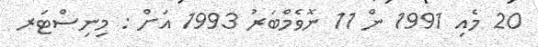
20 މެއި 1991 ން 11 ނޮވެމްބަރު 1993 އަށް : މިނިސްޓަރ